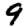
Digit: 9